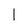
Character: l